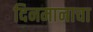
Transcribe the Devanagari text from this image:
दिनमानाचा